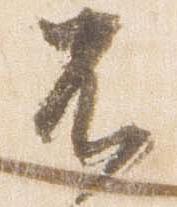
不